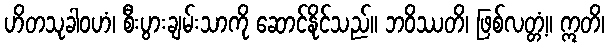
ဟိတသုခါဝဟံ၊ စီးပွားချမ်းသာကို ဆောင်နိုင်သည်။ ဘဝိဿတိ၊ ဖြစ်လတ္တံ့။ ဣတိ၊